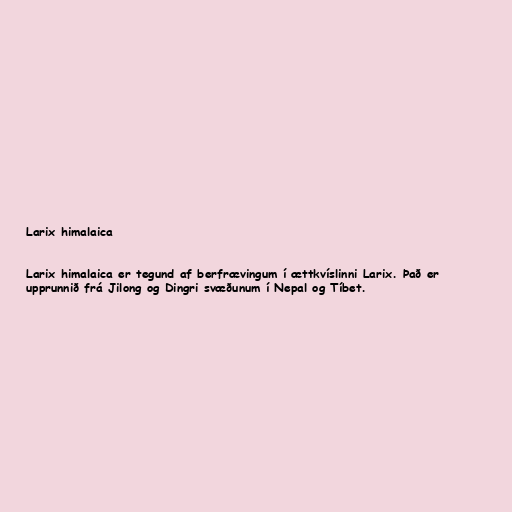
Larix himalaica

Larix himalaica er tegund af berfrævingum í ættkvíslinni Larix. Það er
upprunnið frá Jilong og Dingri svæðunum í Nepal og Tíbet.